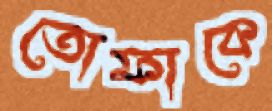
তোফাকে